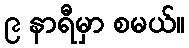
၉ နာရီမှာ စမယ်။